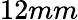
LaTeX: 12mm